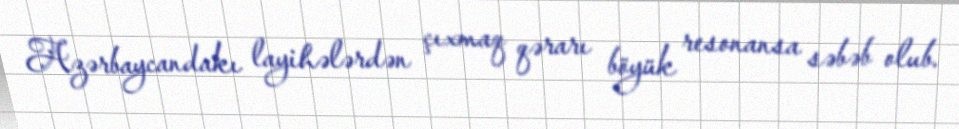
Azərbaycandakı layihələrdən çıxmaq qərarı böyük resonansa səbəb olub.